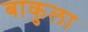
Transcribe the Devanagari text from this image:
बाकुला